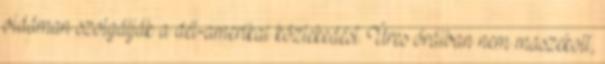
vidáman szolgálják a dél-amerikai közlekedést. Üres óráiban nem maszekolt,